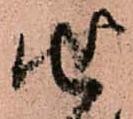
せ